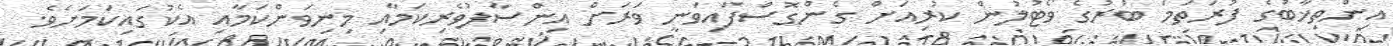
އިންތިޚާބުގެ ފުރަތަމަ ބުރުގެ ވޯޓުލުން ކުރިއަށް ގެންގޮސްފައިވަނީ ވަރަށް އިންސާފުވެރިކަމާއި މިނިވަންކަމާއި އެކުގައިކަމަށެވެ.